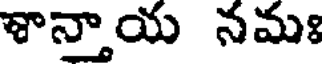
శాన్నాయ నమః